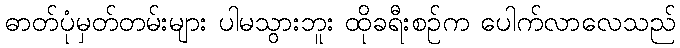
ဓာတ်ပုံမှတ်တမ်းများ ပါမသွားဘူး ထိုခရီးစဉ်က ပေါက်လာလေသည်